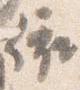
依